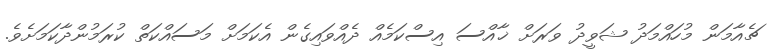
ޗެއާމަން މުހައްމަދު ޝަވީދު ވަރަށް ޚާއްސަ އިސްކަމެއް ދެއްވައިގެން އެކަމަށް މަސައްކަތް ކުރަމުންދާކަމަށެވެ.